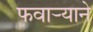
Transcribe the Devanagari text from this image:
फवार्‍याने